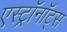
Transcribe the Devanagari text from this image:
एस्ट्राॅनाॅट्स